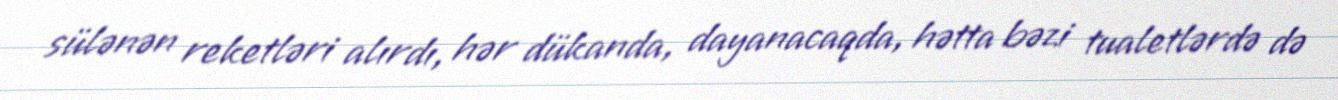
sülənən reketləri alırdı, hər dükanda, dayanacaqda, hətta bəzi tualetlərdə də